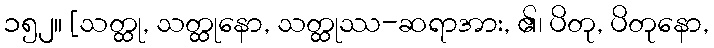
၁၅၂။ [သတ္ထု, သတ္ထုနော, သတ္ထုဿ-ဆရာအား, ၏၊ ပိတု, ပိတုနော,